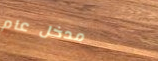
مدخل عام